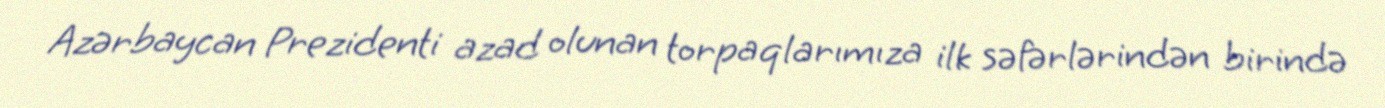
Azərbaycan Prezidenti azad olunan torpaqlarımıza ilk səfərlərindən birində